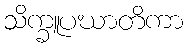
သိက္ခူပဃာတိကာ